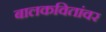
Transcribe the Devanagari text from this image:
बालकवितांवर